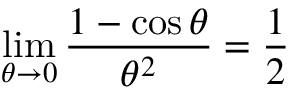
\operatorname* { l i m } _ { \theta \to 0 } { \frac { 1 - \cos \theta } { \theta ^ { 2 } } } = { \frac { 1 } { 2 } }